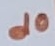
Text: d0